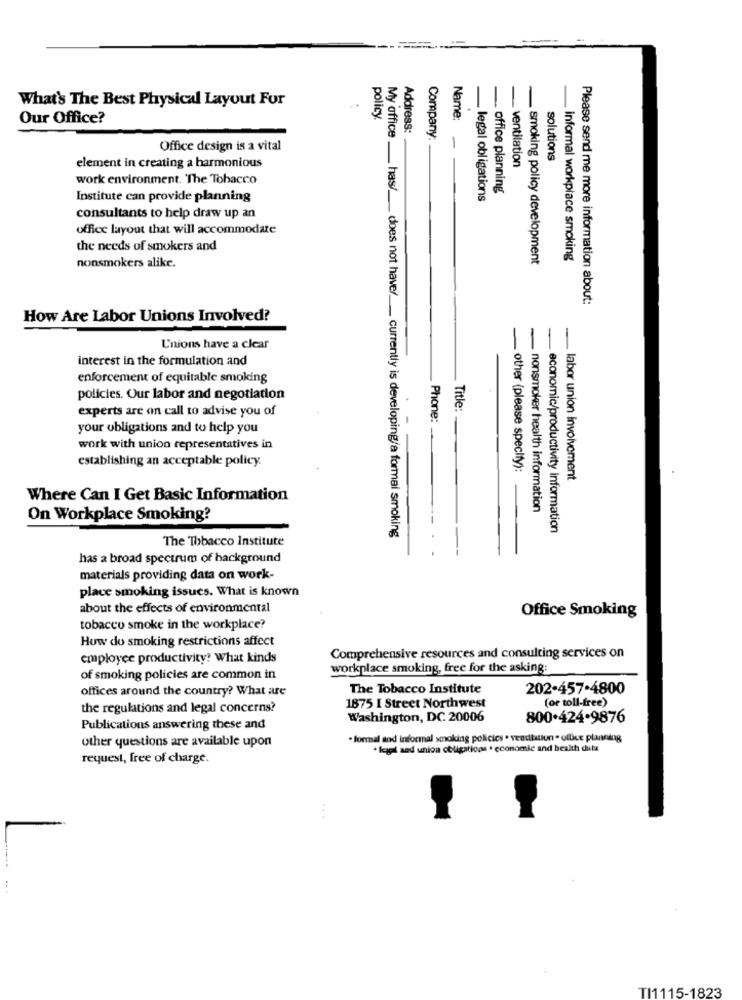
What's The Best Physical Layout For
5
Our Office?
policy.
Name:
Address:
Company:
Office design is a vital
ventilation
solutions
element in creating a harmonious
work environment. The Tobacco
office planning
Institute can provide planning
legal obligations
consultants to help draw up an
office layout that will accommodate
the needs of smokers and
nonsmokers alike.
. smoking policy development
informal workplace smoking
Please send me more information about:
How Are Labor Unions Involved?
Unions have a clear
interest in the formulation and
enforcement of equitable smoking
policies. Our labor and negotiation
experts are on call to advise you of
Title:
Phone:
your obligations and to help you
work with union representatives in
establishing an acceptable policy.
other (please specify):
labor union involvement
Where Can I Get Basic Information
nonsmoker health information
On Workplace Smoking?
economic/productivity information
The Tobacco Institute
My office __ has/_ does not have/ __ currently is developing/a formal smoking
has a broad spectrum of background
materials providing data on work-
place smoking issues. What is known
about the effects of environmental
Office Smoking
tobacco smoke in the workplace?
How do smoking restrictions affect
employee productivity? What kinds
Comprehensive resources and consulting services on
workplace smoking, free for the asking:
of smoking policies are common in
offices around the country? What are
The Tobacco Institute
202-457-4800
(or toll-free)
the regulations and legal concerns?
1875 I Street Northwest
Washington, DC 20006
800.424.9876
Publications answering these and
other questions are available upon
· formal and informal smoking policies . ventilation . office planning
. leggil sad union obligations . economic and health duta
request, free of charge.
TI1115-1823